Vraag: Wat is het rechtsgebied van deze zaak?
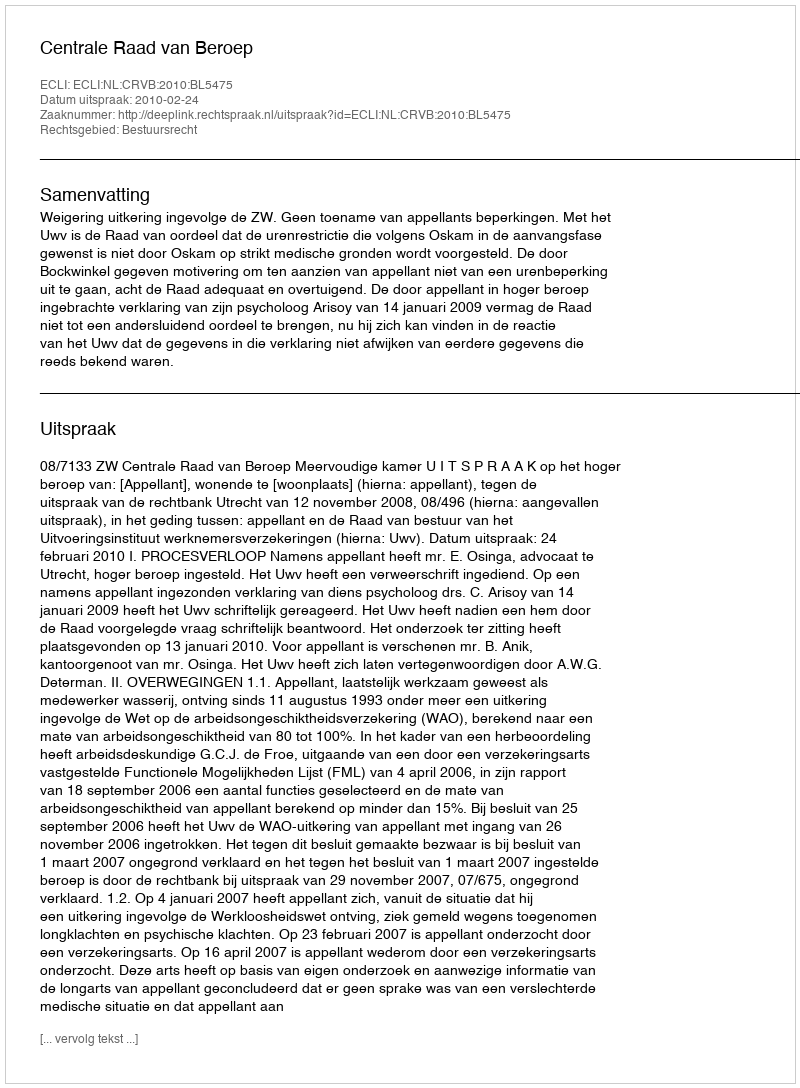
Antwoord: Bestuursrecht